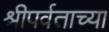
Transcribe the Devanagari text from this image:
श्रीपर्वताच्या